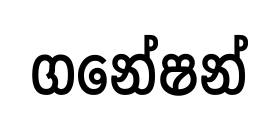
ගනේෂන්